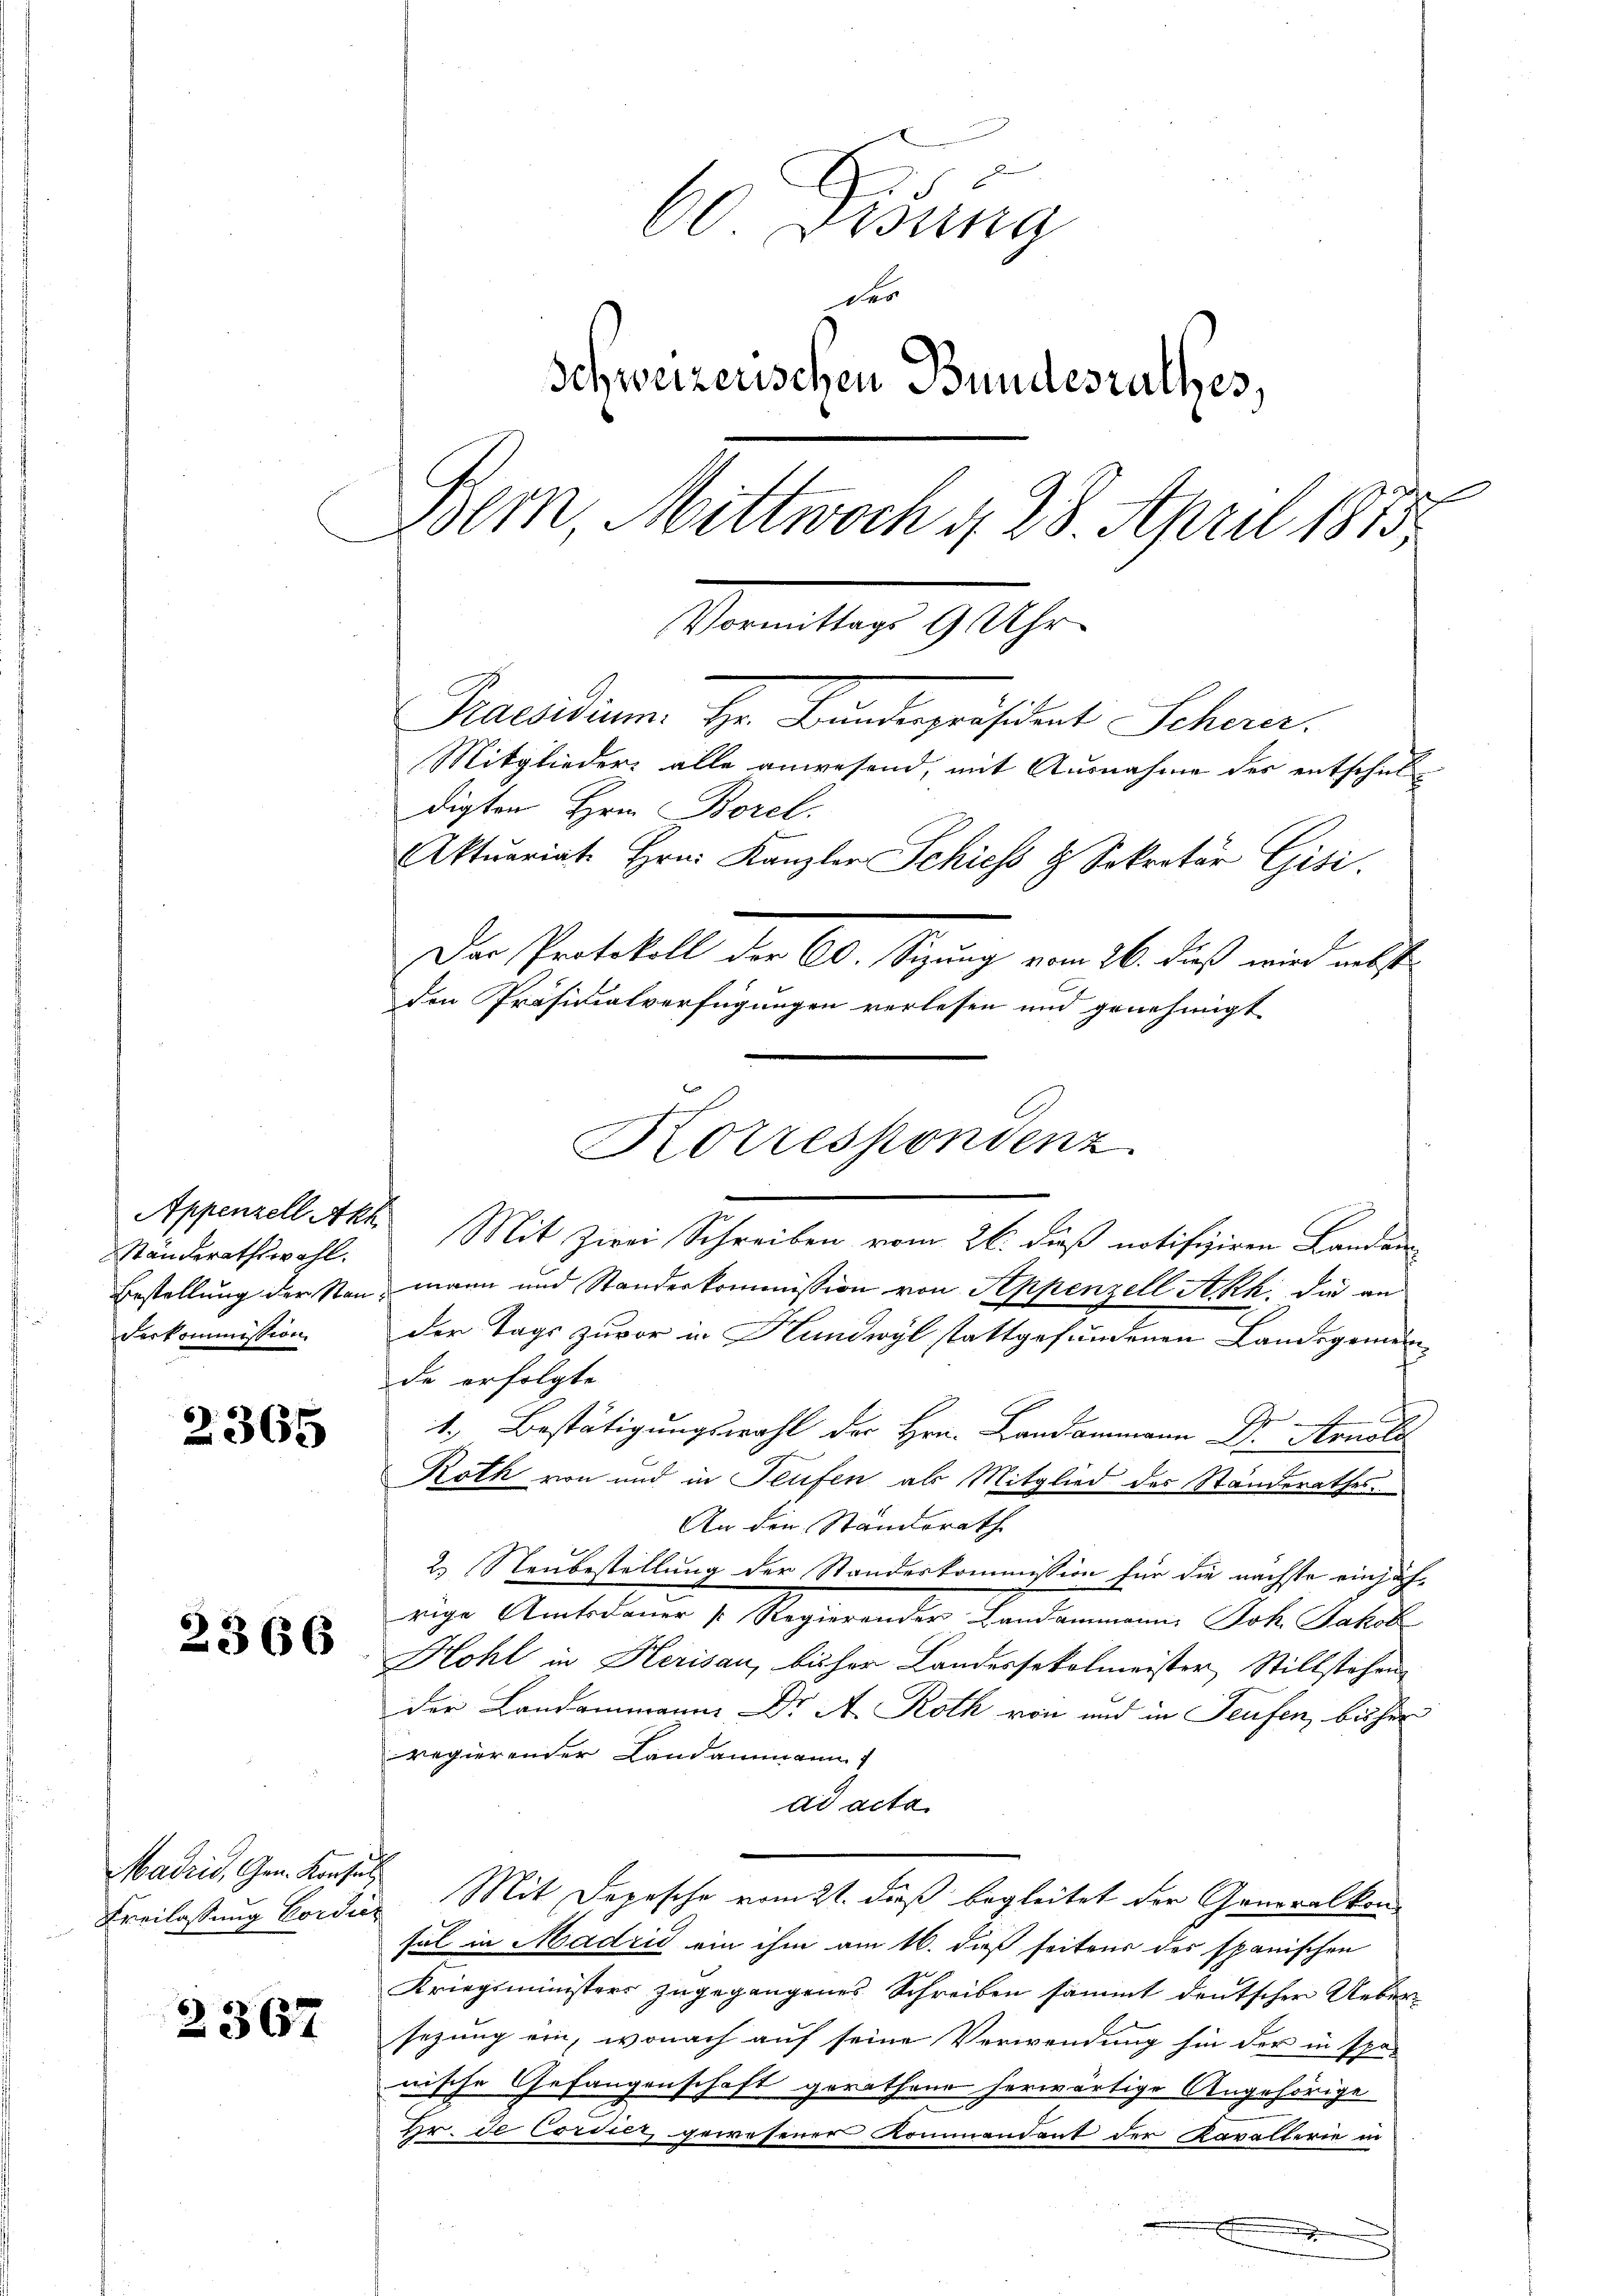
Ständerathswahl.
derkommission

2365

2366

Madrid, Gen. Konsul

2367

60 Didung
der
schweizerischen Bundesrathes,
Bern, Mittwoch 4, 28. April 1875
Marmellen 9 Uhr.
Raesidium. Hr. Bundespräsident Scherer.
Mitglieder alle anwesend, mit Ausnahme des entschuldigten Hrn. Borel
Aktuariate Hrn. Kanzler Schiess u. Sekretär Gisi
Der Protokoll der 60. Sitzung vom 26. dieß wird nebst

den Präsidialverfügungen verlesen und genehmigt
Appenzell Akt. Mit Zwei Schreiben vom 26. dieß notifiziren Landen
Bestellung der Nan, mann und Standeskommission von Appenzell A.Rh. die an
der Tags zuvor in Handwyl stattgefundenen Landsgemeinde erfolgte
.
Roth von und in Teufen als Mitglied des Standerathes
An den Standsrath
2) Neubestellung der Standeskommission für die nächste einjährige Amtsdauer v. Regierender Bandammann Joh. Jakob
Hohl in Herisau, bisher Landessekolmeister Stillstehen
der Landammann Dr A. Roth von und in Teufen, bisher
regierender Landammann
ad acta
Freilassung Condie Mit Depesche vom 21. dieß begleitet der Generalkon-
sul in Madrić ein ihm am 16. daß seitens des spanischen
Kriegsministers zugegangenes Schreiben sammt deutscher Uebersezung ein, wonach auf seine Verwendung hin der in spenische Gefangenschaft gerathene herwärtige Angehörige
hr. de Corsitz gewesener Kommandant der Kavallerie in

Korrespondenz